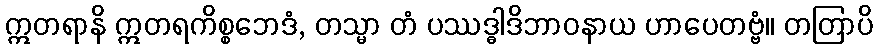
ဣတရာနိ ဣတရကိစ္စဘေဒံ, တသ္မာ တံ ပဿဒ္ဓါဒိဘာဝနာယ ဟာပေတဗ္ဗံ။ တတြာပိ